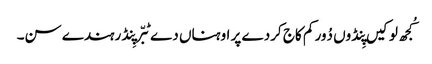
کُجھ لوکیں پِنڈوں دُور کم کاج کردے پر اوہناں دے ٹبّر پِنڈ رہندے سن۔